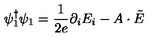
\psi _ { 1 } ^ { \dagger } \psi _ { 1 } = \frac { 1 } { 2 e } \partial _ { i } E _ { i } - A \cdot \tilde { E }